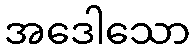
အဒေါသော